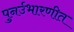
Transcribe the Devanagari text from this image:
पुनर्उभारणीत